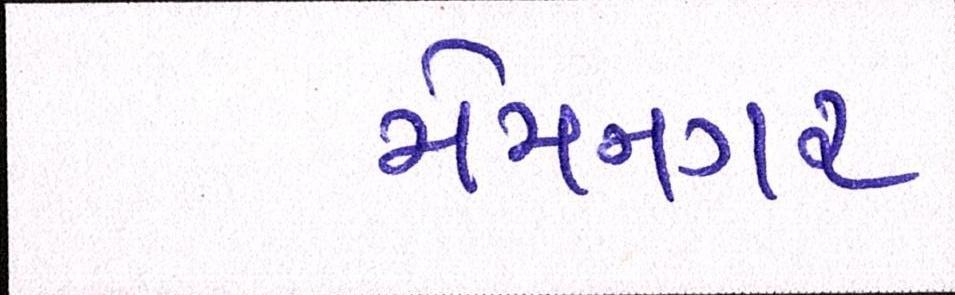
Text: મેમનગર